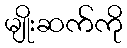
မျိုးဆက်ကို